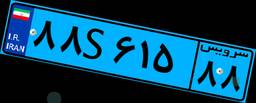
۸۸S۶۱۵۸۸